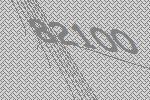
82100